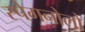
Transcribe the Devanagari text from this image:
स्पेगनोलो